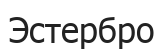
Эстербро